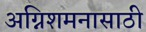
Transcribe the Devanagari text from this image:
अग्निशमनासाठी